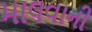
માલવાની